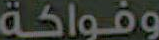
وفواكة